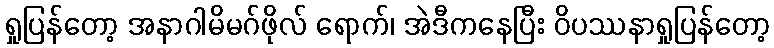
ရှုပြန်တော့ အနာဂါမိမဂ်ဖိုလ် ရောက်၊ အဲဒီကနေပြီး ဝိပဿနာရှုပြန်တော့